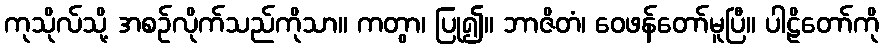
ကုသိုလ်သို့ အစဉ်လိုက်သည်ကိုသာ။ ကတွာ၊ ပြု၍။ ဘာဇိတံ၊ ဝေဖန်တော်မူပြီ။ ပါဠိတော်ကို